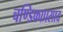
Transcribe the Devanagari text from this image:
चण्डिकाप्रसाद